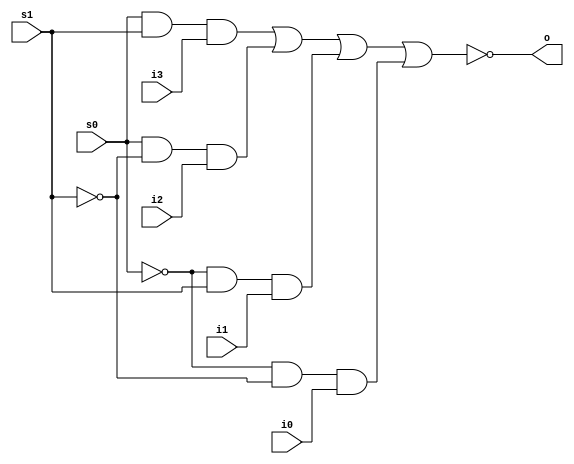

module gate1(s0, s1, i0, i1, i2, i3, o);
input
  s0,
  s1,
  i0,
  i1,
  i2,
  i3;
output
  o;

assign
  o = ~(( s0 & s1  & i3) | (s0 & ~s1 & i2) | (~s0 & s1  & i1 ) | (~s0 & ~s1 & i0));

endmodule


module gate2(s0, s1, s2, s3, i0, i1, i2, i3, o);
input
  s0,
  s1,
  s2,
  s3,
  i0,
  i1,
  i2,
  i3;
output
  o;

assign
  o = ~((( i0 & ~s0) | (i1 & s0) & ~(s2 | s3)) | (((i2 & ~s1) | (i3 & s1)) & (s2 | s3)));

endmodule


module gate3(i1, i2, i3, i4, i5, o);
input
  i1,
  i2,
  i3,
  i4,
  i5;
output
  o;

assign
  o = ~((i1 & (i2 | (i4 & i5))) | (i3 & (i4 | (i2 & i5))));
endmodule